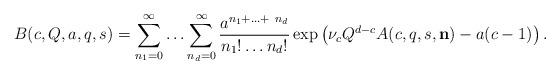
LaTeX: \begin{align*}B(c,Q,a,q,s)=\sum_{n_{1}=0}^{\infty} \ldots \sum_{n_{d}=0}^{\infty} \frac{a^{n_{1} + \ldots +\ n_{d}}}{n_{1}! \ldots n_{d}!} \exp \left( \nu_{c} Q^{d-c} A(c,q,s,\mathbf{n}) - a(c-1)\right).\end{align*}